Supplement to the account of plague administration in the Bombay Presidency from September 1896 till May 1897
Year: 1896
Disease focus: Plague
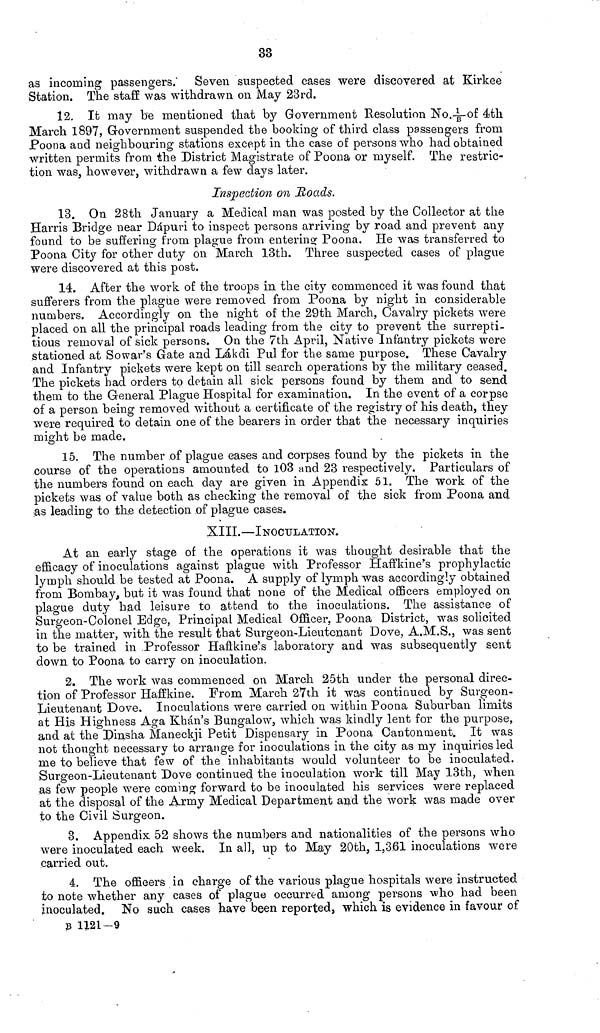
33
as incoming passengers. Seven suspected cases were discovered at Kirkee
Station. The staff was withdrawn on May 23rd.
12. It may be mentioned that by Government Resolution No.1/B of 4th
March 1897, Government suspended the booking of third class passengers from
Poona and neighbouring stations except in the case of persons who had obtained
written permits from the District Magistrate of Poona or myself. The restric-
tion was, however, withdrawn a few days later.
Inspection on Rads.
13. On 28th January a Medical man was posted by the Collector at the
Harris Bridge near Dápuri to inspect persons arriving by road and prevent any
found to be suffering from plague from entering Poona. He was transferred to
Poona City for other duty on March 13th. Three suspected cases of plague
were discovered at this post.
14. After the work of the troops in the city commenced it was found that
sufferers from the plague were removed from Poona by night in considerable
numbers. Accordingly on the night of the 29th March, Cavalry pickets were
placed on all the principal roads leading from the city to prevent the surrepti-
tious removal of sick persons. On the 7th April, Native Infantry pickets were
stationed at Sowar's Gate and Lákdi Pul for the same purpose. These Cavalry
and Infantry pickets were kept on till search operations by the military ceased.
The pickets had orders to detain all sick persons found by them and to send
them to the General Plague Hospital for examination. In the event of a corpse
of a person being removed without a certificate of the registry of his death, they
were required to detain one of the bearers in order that the necessary inquiries
might be made.
15. The number of plague cases and corpses found by the pickets in the
course of the operations amounted to 103 and 23 respectively. Particulars of
the numbers found on each day are given in Appendix 51. The work of the
pickets was of value both as checking the removal of the sick from Poona and
as leading to the detection of plague cases.
XIII.—INOCULATION.
At an early stage of the operations it was thought desirable that the
efficacy of inoculations against plague with Professor Haffkine's prophylactic
lymph should be tested at Poona. A supply of lymph was accordingly obtained
from Bombay, but it was found that none of the Medical officers employed on
plague duty had leisure to attend to the inoculations. The assistance of
Surgeon-Colonel Edge, Principal Medical Officer, Poona District, was solicited
in the matter, with the result that Surgeon-Lieutenant Dove, A.M.S., was sent
to be trained in Professor Haftkine's laboratory and was subsequently sent
down to Poona to carry on inoculation.
2. The work was commenced on March 25th under the personal direc-
tion of Professor Haffkine. From March 27th it was continued by Surgeon-
Lieutenant Dove. Inoculations were carried on within Poona Suburban limits
at His Highness Aga Khan's Bungalow, which was kindly lent for the purpose,
and at the Dinsha Maneckji Petit Dispensary in Poona Cantonment. It was
not thought necessary to arrange for inoculations in the city as my inquiries led
me to believe that few of the inhabitants would volunteer to be inoculated.
Surgeon-Lieutenant Dove continued the inoculation work till May 13th, when
as few people were coming forward to be inoculated his services were replaced
at the disposal of the Army Medical Department and the work was made over
to the Civil Surgeon.
3. Appendix 52 shows the numbers and nationalities of the persons who
were inoculated each week. In all, up to May 20th, 1,3.61 inoculations were
carried out.
4. The officers in charge of the various plague hospitals were instructed
to note whether any cases of plague occurred among persons who had been
inoculated. No such cases have been reported, which is evidence in favour of
B 1121-9